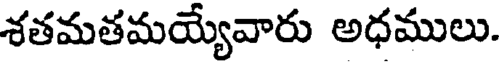
శతమతమయ్యేవారు అధములు.